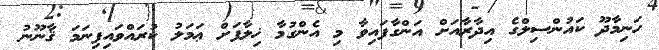
ހަނިމާދޫ ކައުންސިލްގެ އިދާރާއަށް އަންގާފައިވާ މި އެންގުމާ ޚިލާފަށް ޢަމަލު ކުރައްވައިފިނަމަ ޤާނޫނު